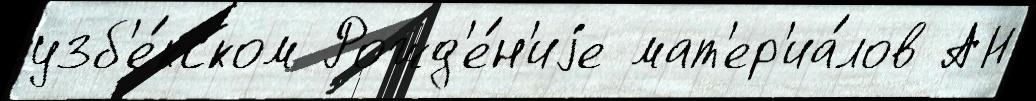
узб'е́кском Рожд'е́н'иjе мат'ер'иа́лов АН